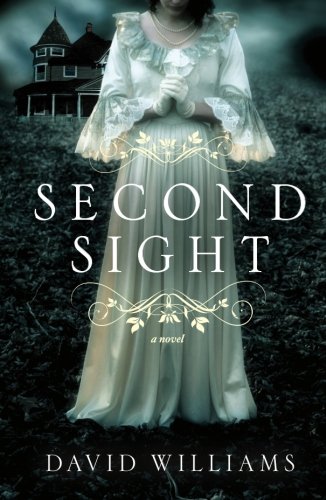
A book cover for Second Sight; David Williams; Romance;